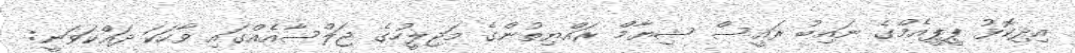
އިދިކޮޅު ޕީޕީއެމްގެ ނައިބު ރައީސް ޝިޔާމް ރައްޔިތުންގެ މަޖިލީހުގެ ޖަލްސާއެއްގައި ވާހަކަ ދައްކަވަނީ: